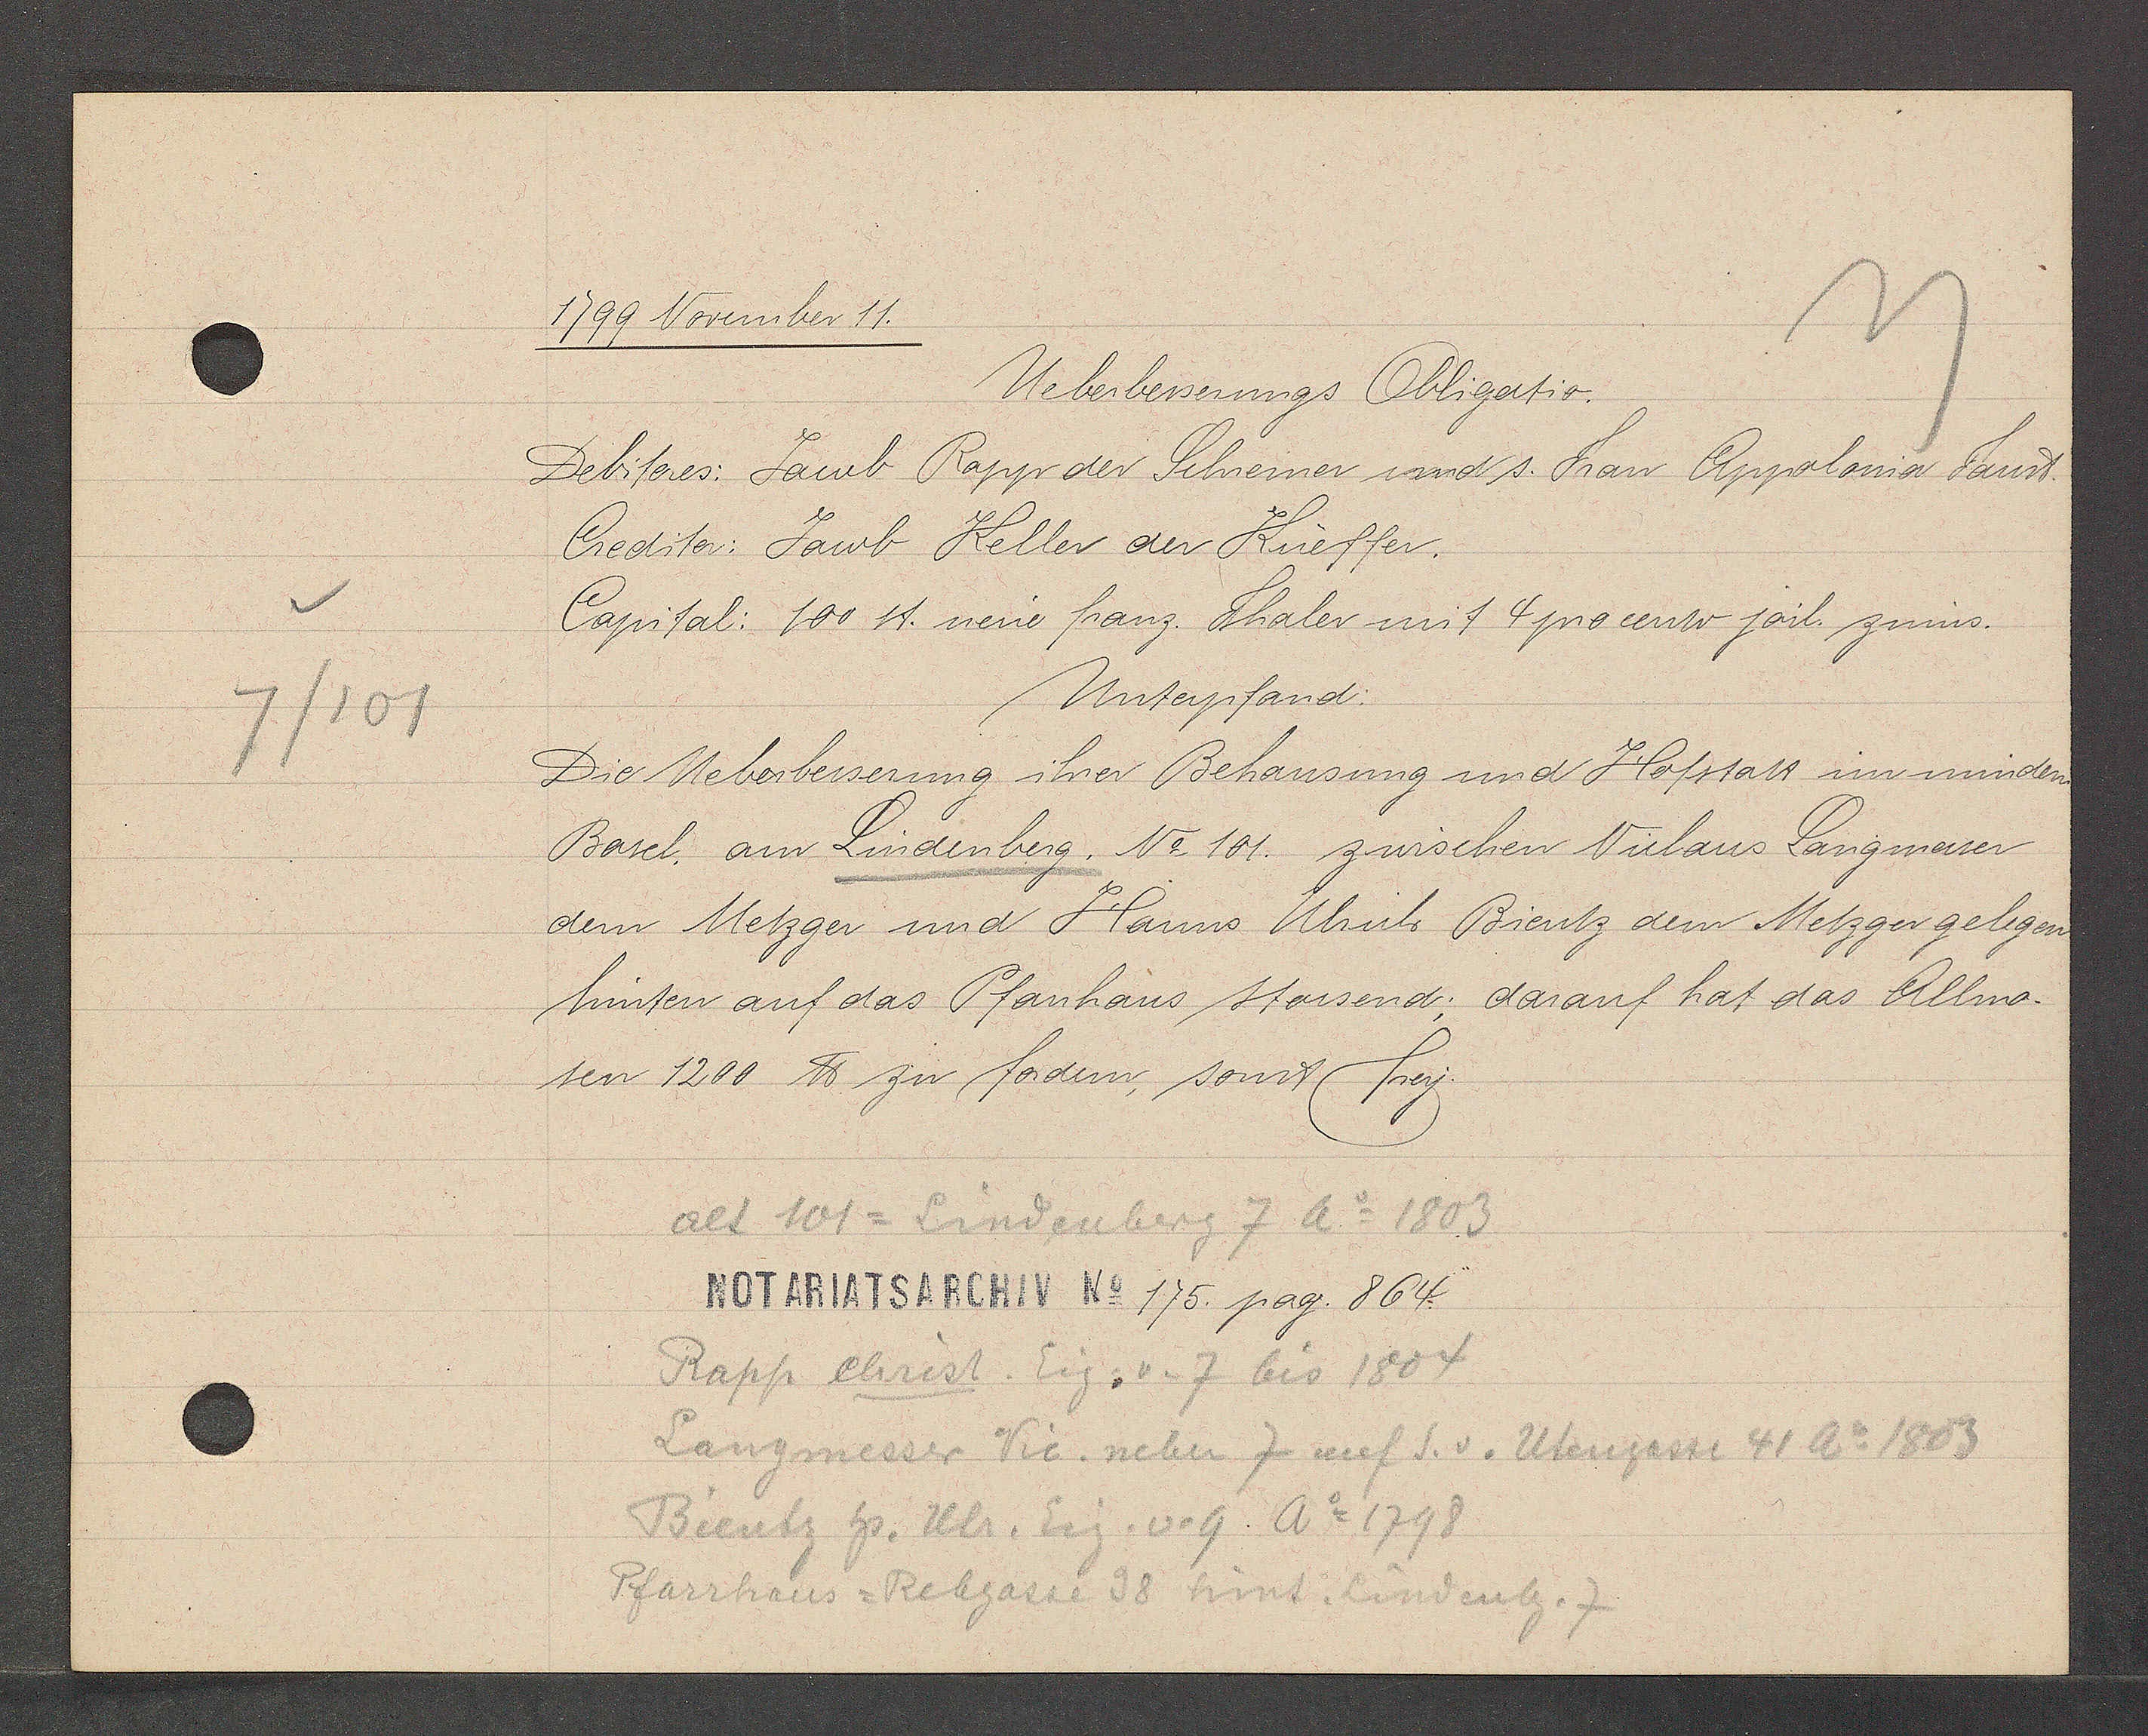
Transcript:
7/101

1799 November 11.

Ueberbesserungs Obligatio.
Debitores: Jacob Rapp der Schreiner und s. Frau Appolonia Fandt.
Creditor: Jacob Keller der Küeffer.
Capital: 100 st. neue franz. Thaler mit 4 procento järl. zinns.
Unterpfand:
Die Ueberbesserung ihrer Behausung und Hofstatt im mindern
Basel am Lindenberg, No 101. zwischen Niclaus Langmesser
dem Metzger und Hanns Ulrich Bientz dem Metzger gelegen,
hinten auf das Pfanhaus stossend; darauf hat das Allmo¬
sen 1200 ℔ zu fordern, sonst frey.

alt 101 = Lindenberg 7 Ao 1803

Notariatsarchiv No 175. pag. 864.

Rapp Christ. Eig. v. 7 bis 1804
Langmesser Vic. neben 7 auf S. v. Utengasse 41 Ao 1803
Bientz hs. Ulr. Eig. v. 9 Ao 1798
Pfarrhaus = Rebgasse 38 hint. Lindenbg. 7